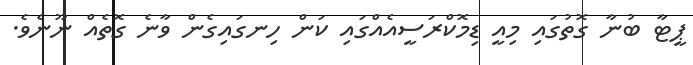
ޕީޓާ ބުނާ ގޮތުގައި މިއީ ޑިމޮކްރަސީއެއްގައި ކަން ހިނގައިގެން ވާނެ ގޮތެއް ނޫނެވެ.